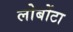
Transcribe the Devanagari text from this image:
लोबोंटा